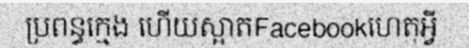
ប្រពន្ធក្មេង ហើយស្អាតFacebookហេតុអ្វី